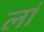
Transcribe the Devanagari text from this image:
लां